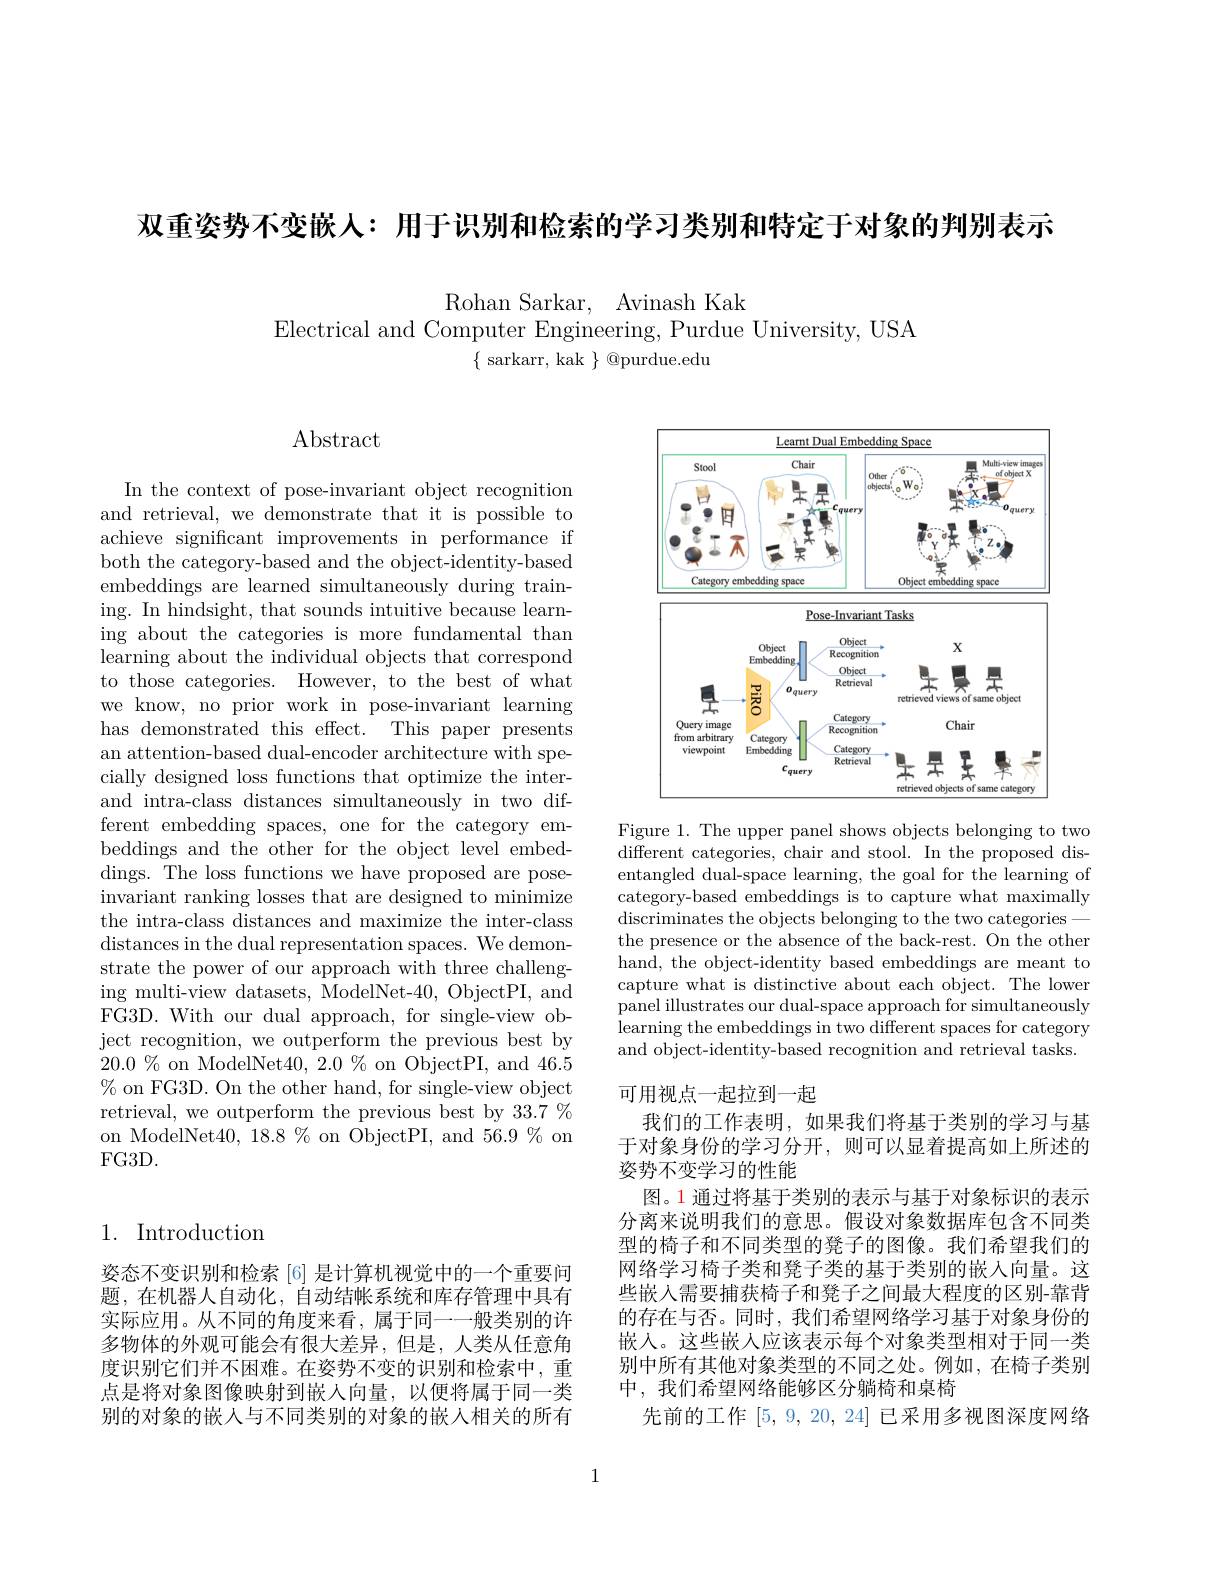
双重姿势不变嵌人：用于识别和检索的学习类别和特定于对象的判别表示

Rohan Sarkar, Avinash Kak
Electrical and Computer Engineering, Purdue University, USA
$\{$ sarkarr, kak $\}$ @purdue.edu

## Abstract

In the context of pose-invariant object recognition and retrieval, we demonstrate that it is possible to achieve significant improvements in performance if both the category-based and the object-identity-based embeddings are learned simultaneously during training. In hindsight, that sounds intuitive because learning about the categories is more fundamental than learning about the individual objects that correspond to those categories. However, to the best of what we know, no prior work in pose-invariant learning has demonstrated this effect. This paper presents an attention-based dual-encoder architecture with specially designed loss functions that optimize the interand intra-class distances simultaneously in two different embedding spaces, one for the category embeddings and the other for the object level embeddings. The loss functions we have proposed are poseinvariant ranking losses that are designed to minimize the intra-class distances and maximize the inter-class distances in the dual representation spaces. We demonstrate the power of our approach with three challenging multi-view datasets, $\bar{\text{ModelNet-40, ObjectPI, and}}$ FG3D. With our dual approach, for single-view object recognition, we outperform the previous best by $20.0\%$ on ModelNet$40,2.0\%$ on ObjectPI, and 46.5 $\%$ on FG3D. On the other hand, for single-view object retrieval, we outperform the previous best by 33.7 % on ModelNet$40,18.8\%$on ObjectPI, and $56.9\%$on $FG3D.$

## 1. Introduction

姿态不变识别和检索[6] 是计算机视觉中的一个重要问题，在机器人自动化，自动结帐系统和库存管理中具有实际应用。从不同的角度来看，属于同一一般类别的许多物体的外观可能会有很大差异，但是，人类从任意角度识别它们并不困难。在姿势不变的识别和检索中，重点是将对象图像映射到嵌人向量，以便将属于同一类别的对象的嵌人与不同类别的对象的嵌人相关的所有

<FigureHere>

Figure 1. The upper panel shows objects belonging to two different categories, chair and stool. In the proposed disentangled dual-space learning, the goal for the learning of category-based embeddings is to capture what maximally discriminates the objects belonging to the two categories
the presence or the absence of the back-rest. On the other hand, the object-identity based embeddings are meant to capture what is distinctive about each object. The lower panel illustrates our dual-space approach for simultaneously learning the embeddings in two different spaces for category and object-identity-based recognition and retrieval tasks.

可用视点一起拉到一起
我们的工作表明，如果我们将基于类别的学习与基于对象身份的学习分开，则可以显着提高如上所述的姿势不变学习的性能
图。1 通过将基于类别的表示与基于对象标识的表示分离来说明我们的意思。假设对象数据库包含不同类型的椅子和不同类型的凳子的图像。我们希望我们的网络学习椅子类和凳子类的基于类别的嵌入向量。这些嵌入需要捕获椅子和凳子之间最大程度的区别-靠背的存在与否。同时，我们希望网络学习基于对象身份的嵌入。这些嵌人应该表示每个对象类型相对于同一类别中所有其他对象类型的不同之处。例如，在椅子类别中，我们希望网络能够区分躺椅和桌椅
先前的工作[5,9,20,24]已采用多视图深度网络

1